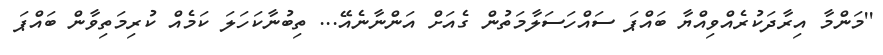
''މަންމާ އިރާދަކުރެއްވިއްޔާ ބައްޕަ ސައްހަސަލާމަތުން ގެއަށް އަންނާނެއޭ... ތިބުނާކަހަލަ ކަމެއް ކުރިމަތިވާން ބައްޕަ